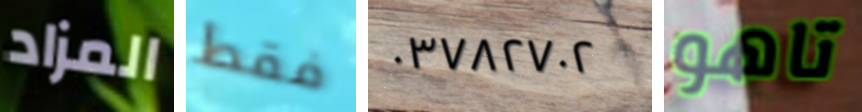
المزاد فقط ٠٣٧٨٢٧٠٢ تاهو